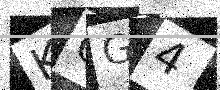
Text: K0G4